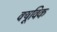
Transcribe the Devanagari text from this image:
क्यूविक